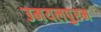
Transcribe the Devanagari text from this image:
उमयलपुरम